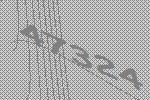
47324